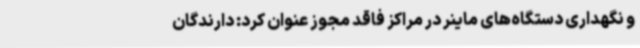
و نگهداری دستگاه‌های ماینر در مراکز فاقد مجوز عنوان کرد: دارندگان